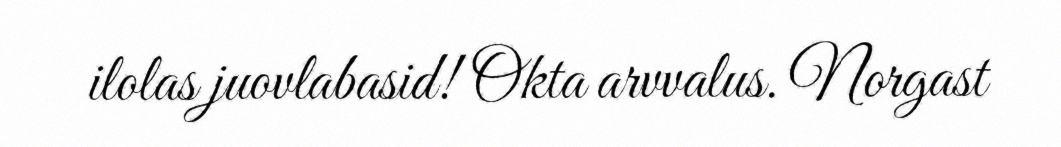
ilolas juovlabasid! Okta arvvalus. Norgast